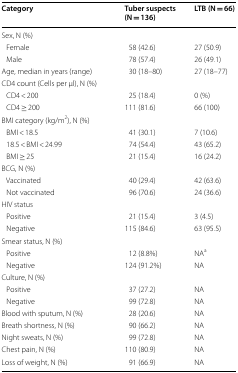
<table><thead><tr><td><b>Category</b></td><td><b>Tuber suspects (N = 136)</b></td><td><b>LTB (N = 66)</b></td></tr></thead><tbody><tr><td colspan="3">Sex, N (%)</td></tr><tr><td> Female</td><td>58 (42.6)</td><td>27 (50.9)</td></tr><tr><td> Male</td><td>78 (57.4)</td><td>26 (49.1)</td></tr><tr><td>Age, median in years (range)</td><td>30 (18–80)</td><td>27 (18–77)</td></tr><tr><td colspan="3">CD4 count (Cells per μl), N (%)</td></tr><tr><td> CD4 &lt; 200</td><td>25 (18.4)</td><td>0 (%)</td></tr><tr><td> CD4 ≥ 200</td><td>111 (81.6)</td><td>66 (100)</td></tr><tr><td colspan="3">BMI category (kg/m<sup>2</sup>), N (%)</td></tr><tr><td> BMI &lt; 18.5</td><td>41 (30.1)</td><td>7 (10.6)</td></tr><tr><td> 18.5 &lt; BMI &lt; 24.99</td><td>74 (54.4)</td><td>43 (65.2)</td></tr><tr><td> BMI ≥ 25</td><td>21 (15.4)</td><td>16 (24.2)</td></tr><tr><td colspan="3">BCG, N (%)</td></tr><tr><td> Vaccinated</td><td>40 (29.4)</td><td>42 (63.6)</td></tr><tr><td> Not vaccinated</td><td>96 (70.6)</td><td>24 (36.6)</td></tr><tr><td colspan="3">HIV status</td></tr><tr><td> Positive</td><td>21 (15.4)</td><td>3 (4.5)</td></tr><tr><td> Negative</td><td>115 (84.6)</td><td>63 (95.5)</td></tr><tr><td colspan="3">Smear status, N (%)</td></tr><tr><td> Positive</td><td>12 (8.8%)</td><td>NA<sup>a</sup></td></tr><tr><td> Negative</td><td>124 (91.2%)</td><td>NA</td></tr><tr><td colspan="3">Culture, N (%)</td></tr><tr><td> Positive</td><td>37 (27.2)</td><td>NA</td></tr><tr><td> Negative</td><td>99 (72.8)</td><td>NA</td></tr><tr><td>Blood with sputum, N (%)</td><td>28 (20.6)</td><td>NA</td></tr><tr><td>Breath shortness, N (%)</td><td>90 (66.2)</td><td>NA</td></tr><tr><td>Night sweats, N (%)</td><td>99 (72.8)</td><td>NA</td></tr><tr><td>Chest pain, N (%)</td><td>110 (80.9)</td><td>NA</td></tr><tr><td>Loss of weight, N (%)</td><td>91 (66.9)</td><td>NA</td></tr></tbody></table>